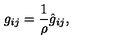
g _ { i j } = \frac 1 \rho \hat { g } _ { i j } ,